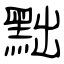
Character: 黜